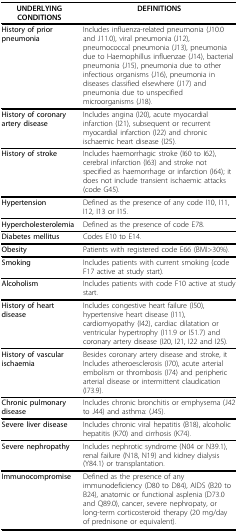
<table><thead><tr><td><b>UNDERLYING CONDITIONS</b></td><td><b>DEFINITIONS</b></td></tr></thead><tbody><tr><td><b>History of prior pneumonia</b></td><td>Includes influenza-related pneumonia (J10.0 and J11.0), viral pneumonia (J12), pneumococcal pneumonia (J13), pneumonia due to Haemophillus influenzae (J14), bacterial pneumonia (J15), pneumonia due to other infectious organisms (J16), pneumonia in diseases classified elsewhere (J17) and pneumonia due to unspecified microorganisms (J18).</td></tr><tr><td><b>History of coronary artery disease</b></td><td>Includes angina (I20), acute myocardial infarction (I21), subsequent or recurrent myocardial infarction (I22) and chronic ischaemic heart disease (I25).</td></tr><tr><td><b>History of stroke</b></td><td>Includes haemorrhagic stroke (I60 to I62), cerebral infarction (I63) and stroke not specified as haemorrhage or infarction (I64); it does not include transient ischaemic attacks (code G45).</td></tr><tr><td><b>Hypertension</b></td><td>Defined as the presence of any code I10, I11, I12, I13 or I15.</td></tr><tr><td><b>Hypercholesterolemia</b></td><td>Defined as the presence of code E78.</td></tr><tr><td><b>Diabetes mellitus</b></td><td>Codes E10 to E14.</td></tr><tr><td><b>Obesity</b></td><td>Patients with registered code E66 (BMI&gt;30%).</td></tr><tr><td><b>Smoking</b></td><td>Includes patients with current smoking (code F17 active at study start).</td></tr><tr><td><b>Alcoholism</b></td><td>Includes patients with code F10 active at study start.</td></tr><tr><td><b>History of heart disease</b></td><td>Includes congestive heart failure (I50), hypertensive heart disease (I11), cardiomyopathy (I42), cardiac dilatation or ventricular hypertrophy (I11.9 or I51.7) and coronary artery disease (I20, I21, I22 and I25).</td></tr><tr><td><b>History of vascular ischaemia</b></td><td>Besides coronary artery disease and stroke, it Includes atheroesclerosis (I70), acute arterial embolism or thrombosis (I74) and peripheric arterial disease or intermittent claudication (I73.9).</td></tr><tr><td><b>Chronic pulmonary disease</b></td><td>Includes chronic bronchitis or emphysema (J42 to J44) and asthma: (J45).</td></tr><tr><td><b>Severe liver disease</b></td><td>Includes chronic viral hepatitis (B18), alcoholic hepatitis (K70) and cirrhosis (K74).</td></tr><tr><td><b>Severe nephropathy</b></td><td>Includes nephrotic syndrome (N04 or N39.1), renal failure (N18, N19) and kidney dialysis (Y84.1) or transplantation.</td></tr><tr><td><b>Immunocompromise</b></td><td>Defined as the presence of any immunodeficiency (D80 to D84), AIDS (B20 to B24), anatomic or functional asplenia (D73.0 and Q89.0), cancer, severe nephropaty, or long-term corticosteroid therapy (20 mg/day of prednisone or equivalent).</td></tr></tbody></table>